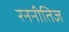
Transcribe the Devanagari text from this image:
रननीतिज्ञ